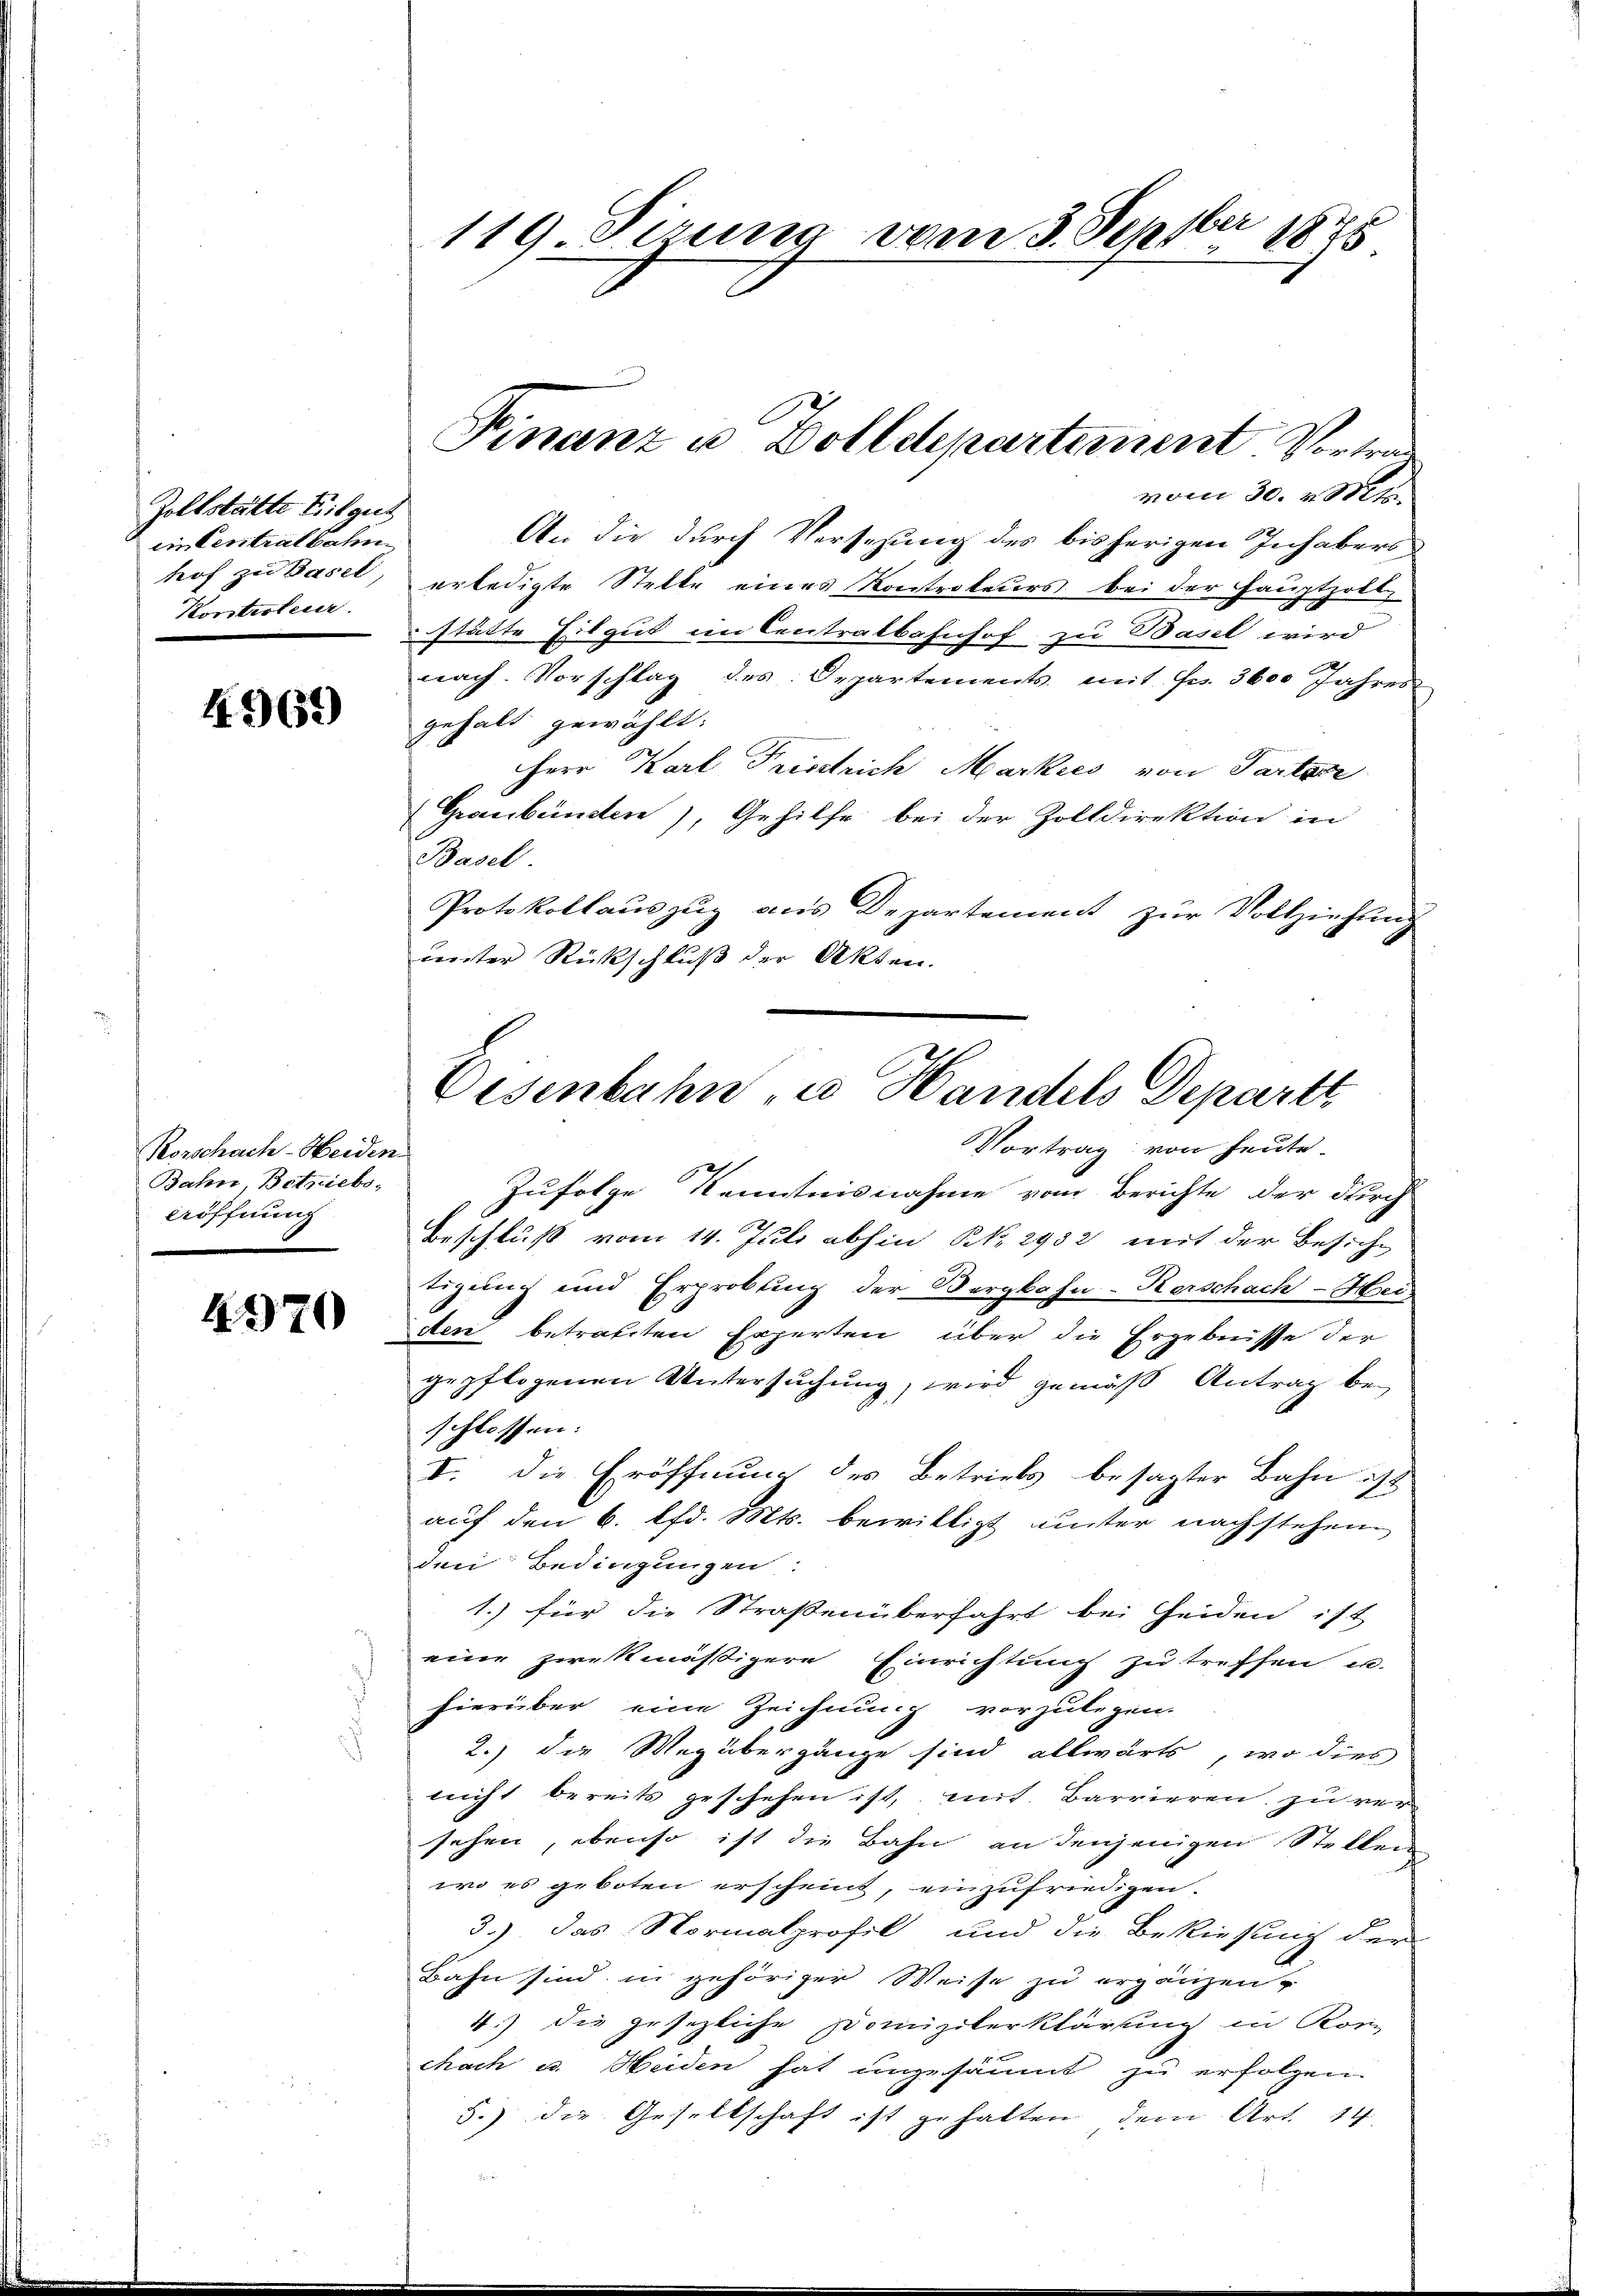
Zolfstätte Tilgut
ein Centralbahn
Korstrateur.

4969

Korschach-Heiden
Bahn, Betriebe,
Aöffnung

4970

vom 30. v. Mts.
An die durch Versezung des bisherigen Inhabers
hof zu Basel, erledigte Stelle eines Kontrateurs bei der Hauptzoll
stätte Eilgut im Centratbahnhof zu Basel wird
2
nach. Vorschlag des Departements mit Fr. 3600 Jahres
gehalt gewählt:
Herr Karl Fristrich Markies von Partere
(Graubünden), Gehilfe bei der Zolldirektion in
Basel
Protokollauszug aus Departement zur Vollziehung
derter Rückschluss der Akten.

119. Sirung vom 3. Septber 1848

Finanz u Dolldepartement. Vortrag

Disenbahn u Handels Departt

Vortrag von heute.
Zufolge Kenntnisnahme vom Berichte der durch
Beschluß vom 14. Juli abhin Nr. 2982 mit der Besiche
tigung und Erprobung der Bergbahn-Kerschach-Hei
den betraften Experten über die Ergebnisse der
gepflogenen Untersuchung, wird gemäß Antrag beschlossen:
V. Die Eröffnung des Betriebs besagter Bahn ist
auf den 6. lfd. Mts. bewilligt unter nachstehen
den Bedingungen:
1.) für die Strassen überfahrt bei Heiden ist
eine zwekmässigere Einrichtung zu treffen u.
hierüber eine Zeichnung vorzulegen.
2.) die Wegübergänge sind allwärts, wo dies
nicht bereits geschehen ist, mit. Barrieren zu ver
sehen, ebenso ist die Bahn an denjenigen Stellen
wo es geboten erscheint, einzufriedigen.
3.) Das Normalprofil und die Bekiesung der
Bahn sind in gehöriger Weise zu ergänzen
4.) die gesezliche Domizilerklärung in Korn
chach u. Heiden hat ungesäumt zu erfolgen
5.) die Gesellschaft ist gehalten, dem Art. 14